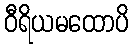
ဝီရိယမထောပိ